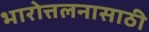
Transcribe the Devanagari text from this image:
भारोत्तलनासाठी